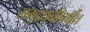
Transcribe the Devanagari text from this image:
समुद्रधुनीपर्यंत